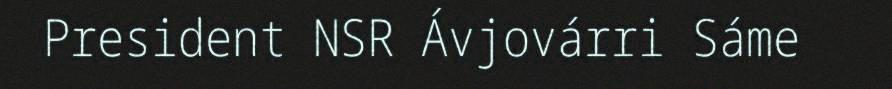
President NSR Ávjovárri Sáme